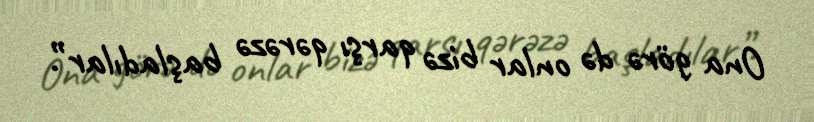
Ona görə də onlar bizə qarşı qərəzə başladılar”.